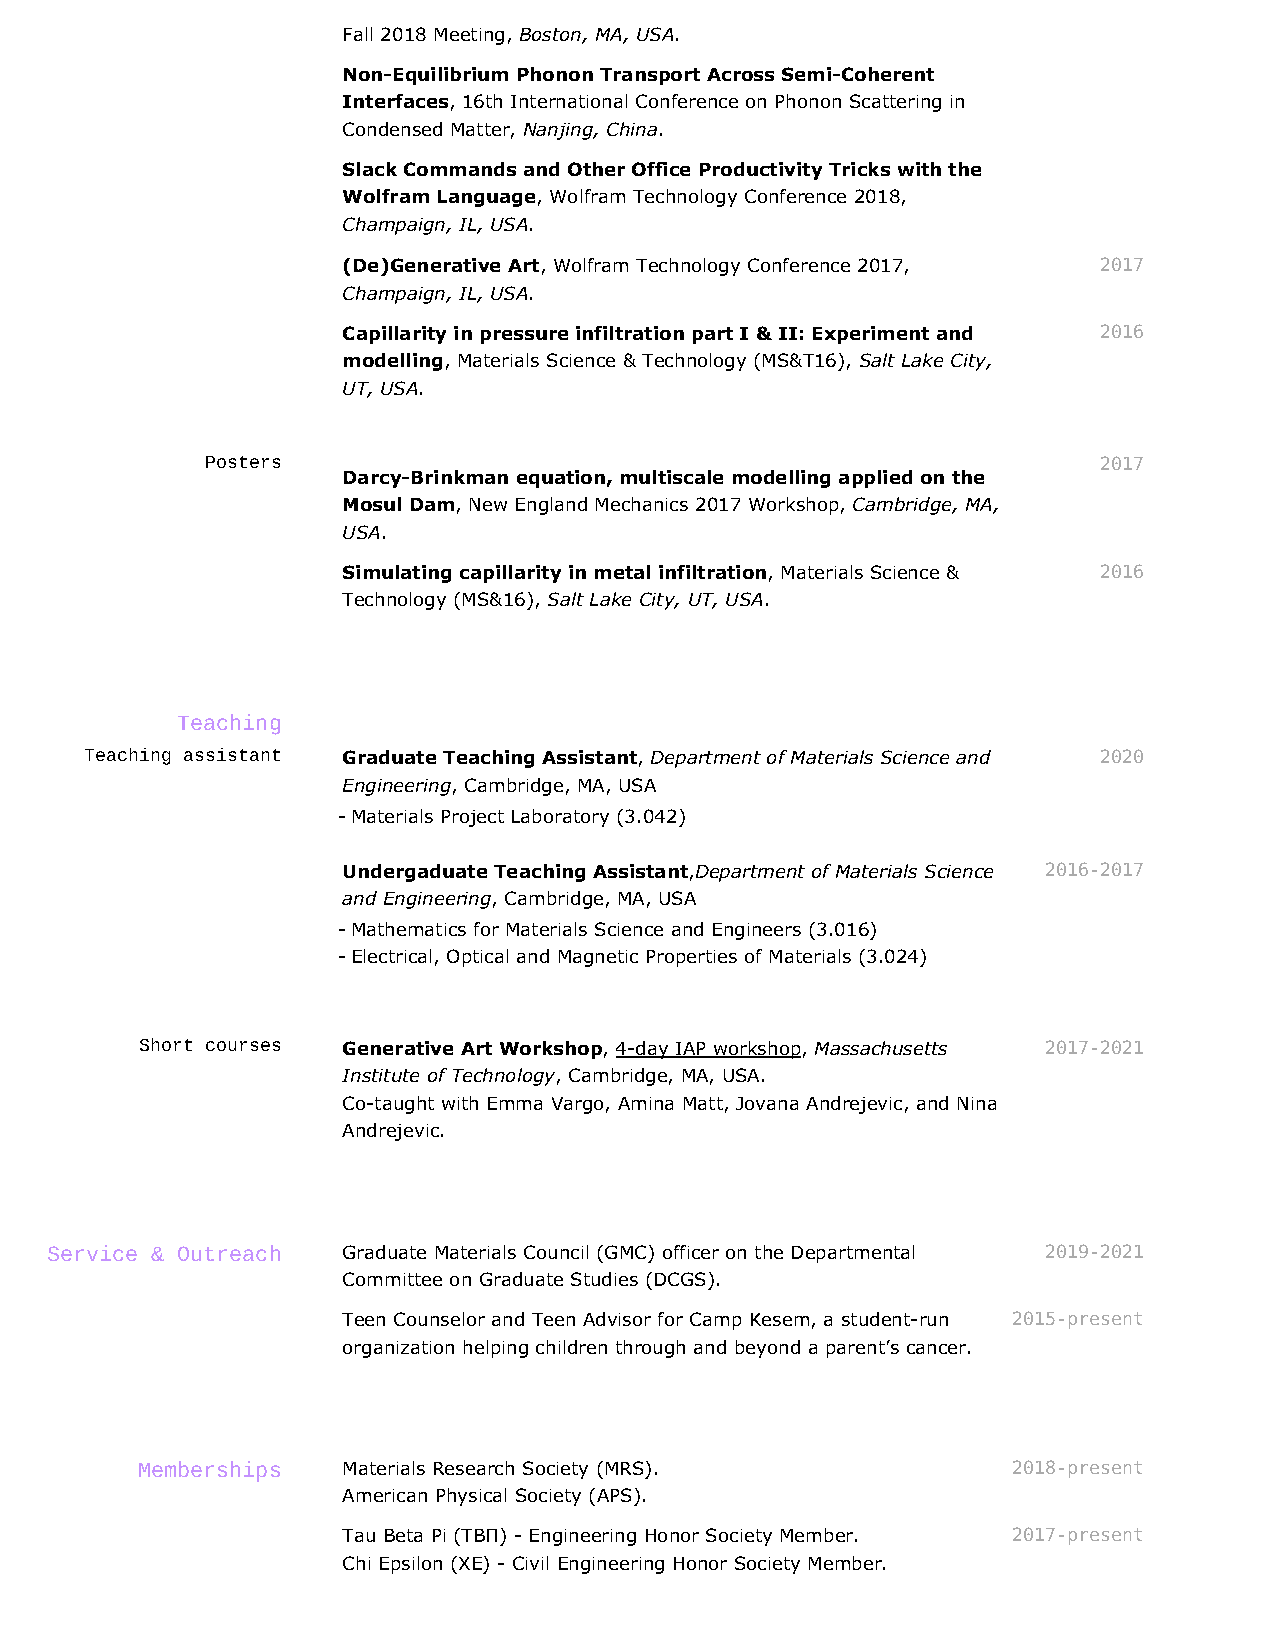
Fall 2018 Meeting, Boston, MA, USA.
 Non-Equilibrium Phonon Transport Across Semi-Coherent
 Interfaces, 16th International Conference on Phonon Scattering in
 Condensed Matter, Nanjing, China.
 Slack Commands and Other Office Productivity Tricks with the
 Wolfram Language, Wolfram Technology Conference 2018,
 Champaign, IL, USA.
 (De)Generative Art, Wolfram Technology Conference 2017, 2017
 Champaign, IL, USA.
 Capillarity in pressure infiltration part I & II: Experiment and 2016
 modelling, Materials Science & Technology (MS&T16), Salt Lake City,
 UT, USA.
 Posters                                                    2017
 Darcy-Brinkman equation, multiscale modelling applied on the
 Mosul Dam, New England Mechanics 2017 Workshop, Cambridge, MA,
 USA.
 Simulating capillarity in metal infiltration, Materials Science & 2016
 Technology (MS&16), Salt Lake City, UT, USA.
 Teaching
 Teaching assistant Graduate Teaching Assistant, Department of Materials Science and 2020
 Engineering, Cambridge, MA, USA
 -Materials Project Laboratory (3.042)
 Undergaduate Teaching Assistant,Department of Materials Science 2016-2017
 and Engineering, Cambridge, MA, USA
 -Mathematics for Materials Science and Engineers (3.016)
 -Electrical, Optical and Magnetic Properties of Materials (3.024)
 Short courses Generative Art Workshop, 4-day IAP workshop, Massachusetts 2017-2021
 Institute of Technology, Cambridge, MA, USA.
 Co-taught with Emma Vargo, Amina Matt, Jovana Andrejevic, and Nina
 Andrejevic.
 Service & Outreach  Graduate Materials Council (GMC) officer on the Departmental 2019-2021
 Committee on Graduate Studies (DCGS).
 Teen Counselor and Teen Advisor for Camp Kesem, a student-run 2015-present
 organization helping children through and beyond a parent’s cancer.
 Memberships   Materials Research Society (MRS).           2018-present
 American Physical Society (APS).
 Tau Beta Pi (ΤΒΠ) - Engineering Honor Society Member. 2017-present
 Chi Epsilon (ΧΕ) - Civil Engineering Honor Society Member.